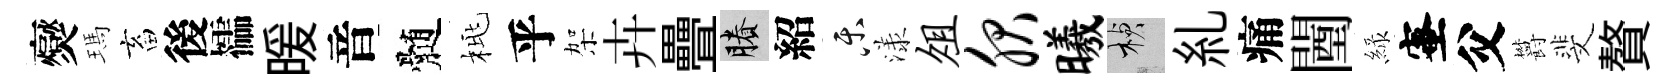
爕瑪畜後櫺暖音髄桃乎架卉疊賸紹乐漾俎服曦楨糺痛闉緑蜜父欝斐贅